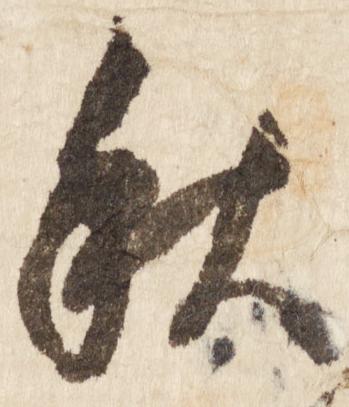
秋